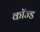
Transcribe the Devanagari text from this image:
कॉज्ड